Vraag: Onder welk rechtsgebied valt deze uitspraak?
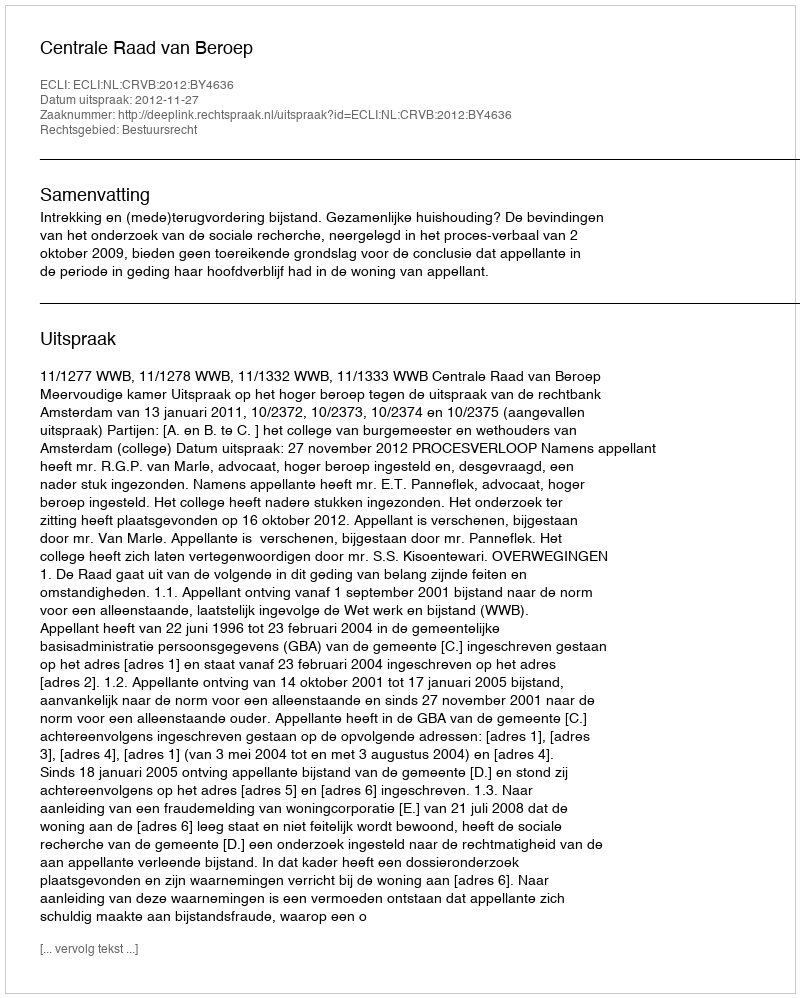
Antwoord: Bestuursrecht